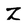
Character: Z